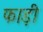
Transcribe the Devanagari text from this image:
फाड़ी